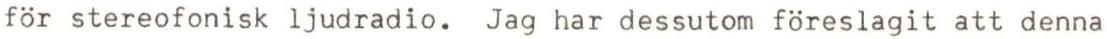
för stereofonisk ljudradio. Jag har dessutom föreslagit att denna